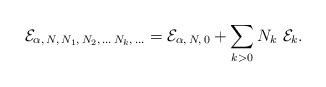
LaTeX: \begin{align*}{\cal E}_{\alpha,\, N, \, N_1, \, N_2, \, \dots \, N_k,\, \dots}= {\cal E}_{\alpha,\, N, \, 0}+\sum_{k>0} N_k \ {\cal E}_k.\end{align*}